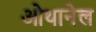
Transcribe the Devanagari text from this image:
ओथानेल